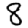
Digit: 8